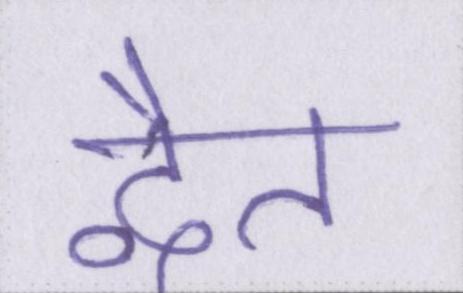
द्वैत